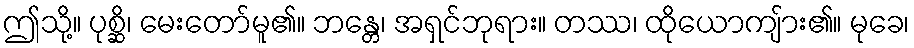
ဤသို့။ ပုစ္ဆိ၊ မေးတော်မူ၏။ ဘန္တေ၊ အရှင်ဘုရား။ တဿ၊ ထိုယောကျ်ား၏။ မုခေ၊